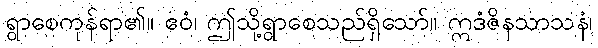
ရွာစေကုန်ရာ၏။ ဧဝံ၊ ဤသို့ရွာစေသည်ရှိသော်။ ဣဒံဇိနသာသနံ၊